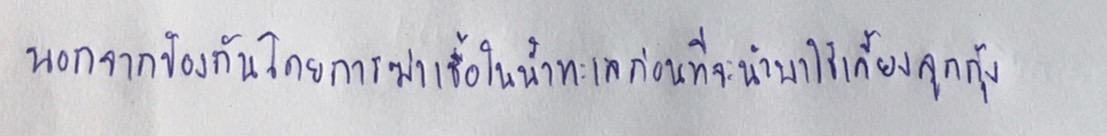
นอกจากป้องกันโดยการฆ่าเชื้อในน้ำทะเลก่อนที่จะนำมาใช้เลี้ยงลูกกุ้ง